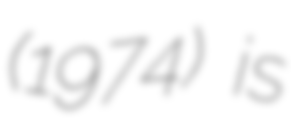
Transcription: (1974) is